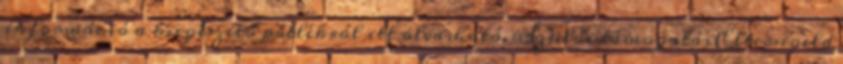
információ a kiegészítő pótlékról itt olvasható. Szülői támogatás Elterngeld